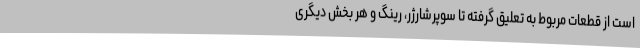
است از قطعات مربوط به تعلیق گرفته تا سوپرشارژر، رینگ و هر بخش دیگری